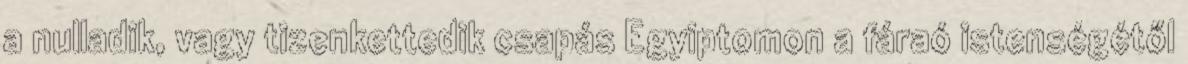
a nulladik, vagy tizenkettedik csapás Egyiptomon a fáraó istenségétől